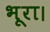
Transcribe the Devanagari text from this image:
भूरा।